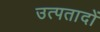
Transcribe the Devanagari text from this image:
उत्पतादों